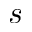
s